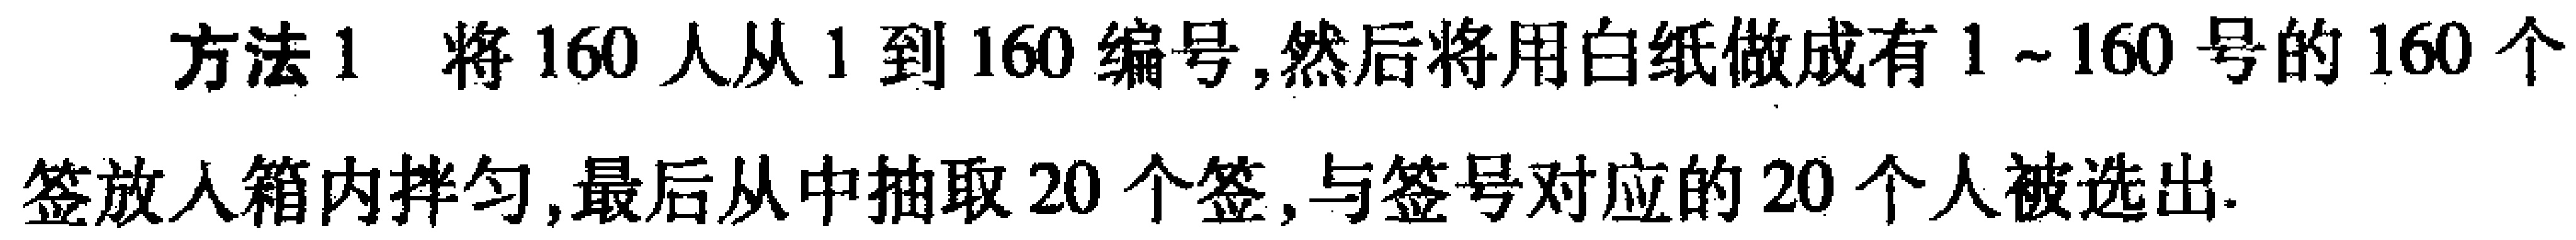
方法1 将160人从1到160编号,然后将用白纸做成有1~160号的160个签放入箱内拌匀,最后从中抽取20个签,与签号对应的20个人被选出.